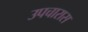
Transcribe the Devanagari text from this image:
उपचारास